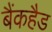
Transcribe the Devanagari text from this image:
बैंकहैड